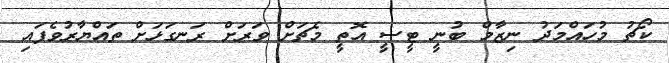
ކޯޗު މުހައްމަދު ނިޒާމް ބުނީ ޓީސީ އޮތީ މެޗަށް ވަރަށް ރަނގަޅަށް ތައްޔާރުވެފައި